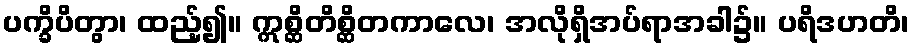
ပက္ခိပိတွာ၊ ထည့်၍။ ဣစ္ဆိတိစ္ဆိတကာလေ၊ အလိုရှိအပ်ရာအခါ၌။ ပရိဒဟတိ၊